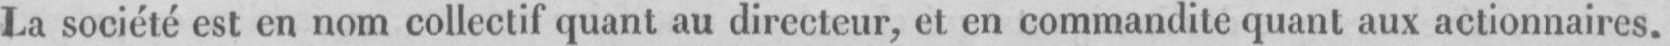
La société est en nom collectif quant au directeur, et en commandite quant aux actionnaires.